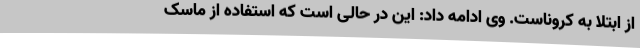
از ابتلا به کروناست. وی ادامه داد: این در حالی است که استفاده از ماسک